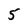
Character: 5